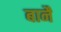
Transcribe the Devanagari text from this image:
बानैं